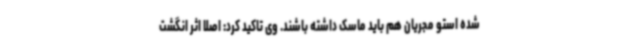
شده استو مجریان هم باید ماسک داشته باشند. وی تاکید کرد: اصلا اثر انگشت